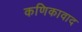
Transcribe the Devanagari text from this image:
कणिकावाद